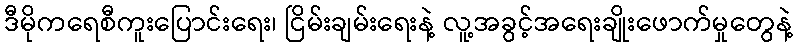
ဒီမိုကရေစီကူးပြောင်းရေး၊ ငြိမ်းချမ်းရေးနဲ့ လူ့အခွင့်အရေးချိုးဖောက်မှုတွေနဲ့